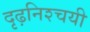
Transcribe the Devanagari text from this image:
दृढ़निश्‍चयी